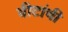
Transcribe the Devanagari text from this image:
वीटांची